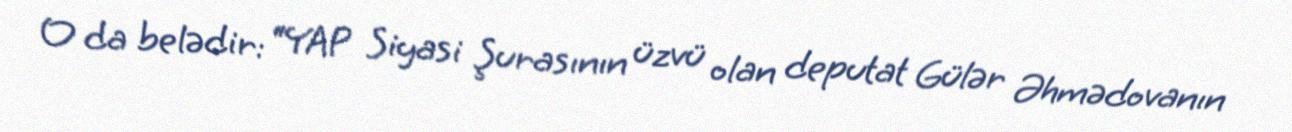
O da belədir: “YAP Siyasi Şurasının üzvü olan deputat Gülər Əhmədovanın